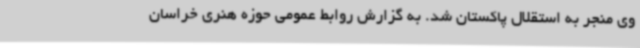
وی منجر به استقلال پاکستان شد. به گزارش روابط عمومی حوزه هنری خراسان